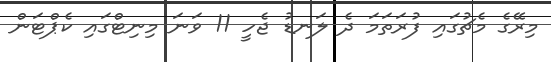
މިރޭގެ މެޗުގައި ފުރަތަމަ ދެ ލަނޑު ޖެހީ 11 ވަނަ މިނިޓްގައި ކެޕްޓަން